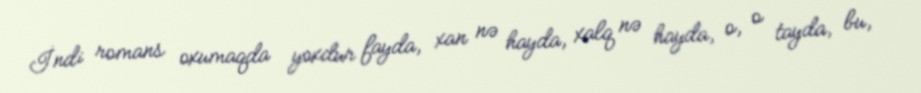
İndi romans oxumaqda yoxdur fayda, xan nə hayda, xalq nə hayda, o, o tayda, bu,